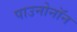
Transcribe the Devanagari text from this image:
पाउनोनॉन